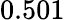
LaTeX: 0.501